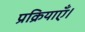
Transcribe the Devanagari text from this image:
प्रक्रियाएँ।